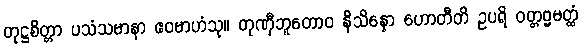
တုဋ္ဌစိတ္တာ ပသံသမာနာ ဧဝမာဟံသု။ တုဏှီဘူတောဝ နိသိန္နော ဟောတီတိ ဥပရိ ဝတ္တဗ္ဗမတ္ထံ